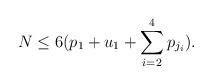
LaTeX: \begin{align*} N \leq 6(p_1+u_1+\sum_{i=2}^4p_{j_i}).\end{align*}